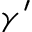
\gamma ^ { \prime }